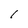
Character: 1